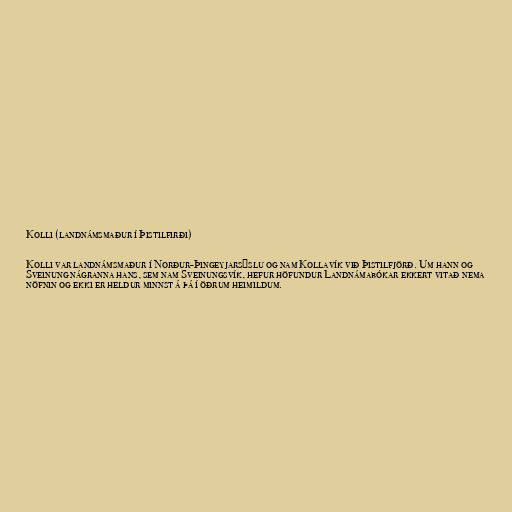
Kolli (landnámsmaður í Þistilfirði)

Kolli var landnámsmaður í Norður-Þingeyjarsýslu og nam Kollavík við Þistilfjörð. Um hann og
Sveinung nágranna hans, sem nam Sveinungsvík, hefur höfundur Landnámabókar ekkert vitað nema
nöfnin og ekki er heldur minnst á þá í öðrum heimildum.